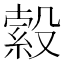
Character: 𣪺